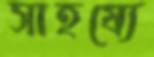
সাহয্যে